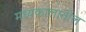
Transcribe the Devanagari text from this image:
मध्यकालातील